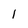
Character: I